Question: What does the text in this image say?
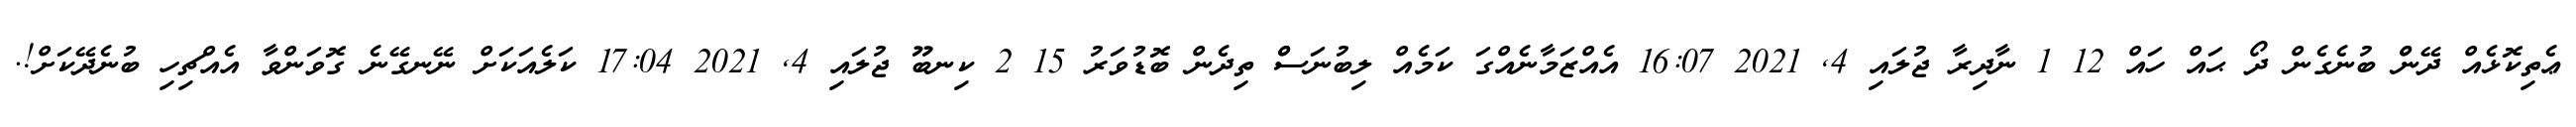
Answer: ޢެތިކޮޅެއް ދޭންް ބުނެގެން ދޯ ޙައް ހައް 12 1 ނާދިރާ ޖުލައި 4, 2021 16:07 އެއްޒަމާނެއްގަ ކަމެއް ލިބުނަސްް ތިދެން ބޮޑުވަރު 15 2 ކިނބޫ ޖުލައި 4, 2021 17:04 ކަލެއަކަށް ނޭނގޭނެ ގޮވަންވާ އެއްޗިހި ބުނެދޭކަށް!.